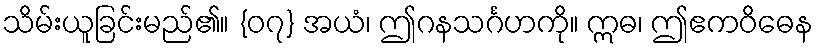
သိမ်းယူခြင်းမည်၏။ {၀၇} အယံ၊ ဤဂနသင်္ဂဟကို။ ဣဓ၊ ဤဧကဝိဓေန